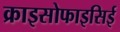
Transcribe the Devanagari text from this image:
क्राइसोफाइसिई